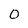
Character: 0